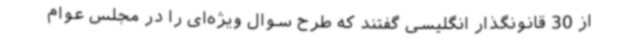
از 30 قانونگذار انگلیسی گفتند که طرح سوال ویژه‌ای را در مجلس عوام